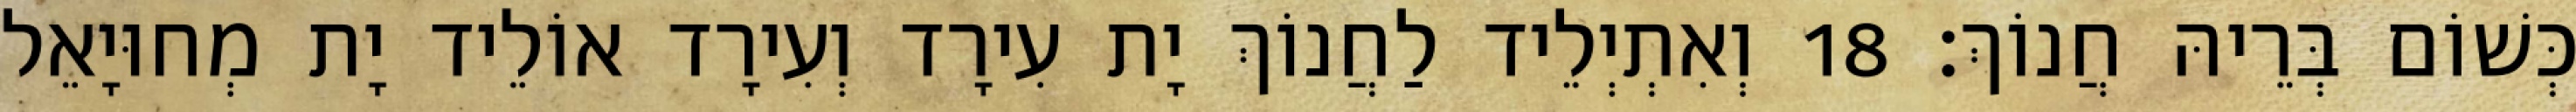
כְּשׁוֹם בְּרֵיהּ חֲנוֹךְ׃ 18 וְאִתְיְלֵיד לַחֲנוֹךְ יָת עִירָד וְעִירָד אוֹלֵיד יָת מְחוּיָאֵל